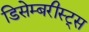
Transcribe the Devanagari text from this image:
डिसेम्बरीस्ट्स